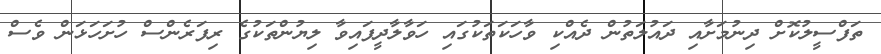
ތަފްސީލުކޮށް ދިނުމަށާއި ދައުލަތުން ދެއްކި ވާހަކަތަކުގައި ހަވާލާދީފައިވާ ލިޔުންތަކުގެ ރިފަރެންސް ހުށަހަޅަން ވެސް